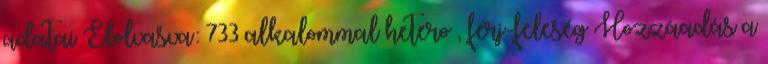
adatai Elolvasva: 733 alkalommal hetero , férj-feleség Hozzáadás a